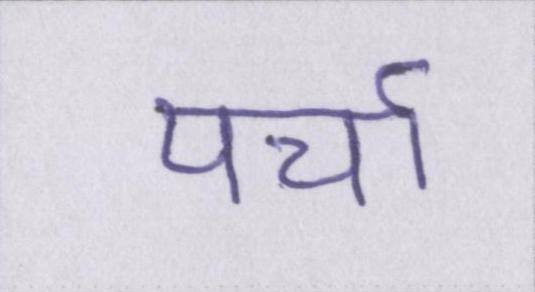
पर्चा